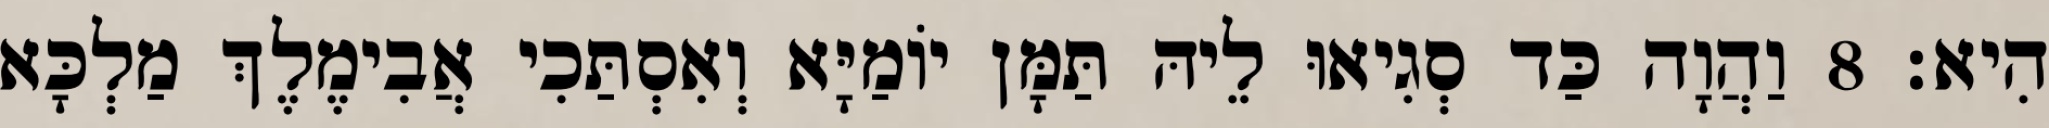
הִיא׃ 8 וַהֲוָה כַּד סְגִיאוּ לֵיהּ תַּמָּן יוֹמַיָּא וְאִסְתַּכִי אֲבִימֶלֶךְ מַלְכָּא